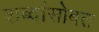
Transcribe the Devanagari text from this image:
शब्दांसोबत